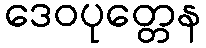
ဒေဝပုတ္တေန